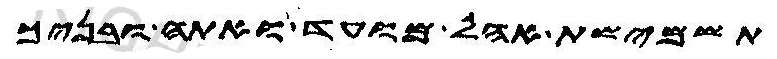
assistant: תשמישת אהל מועד ואתה ובניך